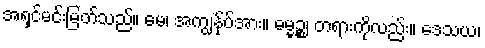
အရှင်မင်းမြတ်သည်။ မေ၊ အကျွန်ုပ်အား။ ဓမ္မဉ္စ၊ တရားကိုလည်း။ ဒေသယ၊